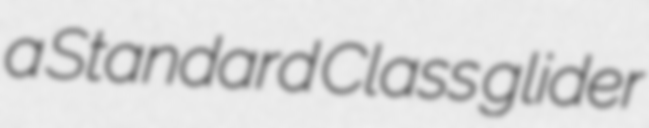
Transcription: a Standard Class glider